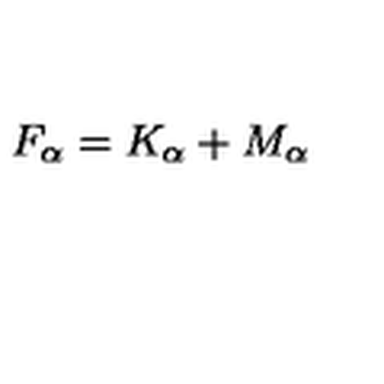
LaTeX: F _ { \alpha } = K _ { \alpha } + M _ { \alpha }